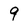
Character: 9